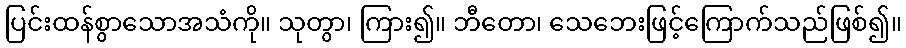
ပြင်းထန်စွာသောအသံကို။ သုတွာ၊ ကြား၍။ ဘီတော၊ သေဘေးဖြင့်ကြောက်သည်ဖြစ်၍။